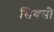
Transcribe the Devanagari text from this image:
सिक्सी